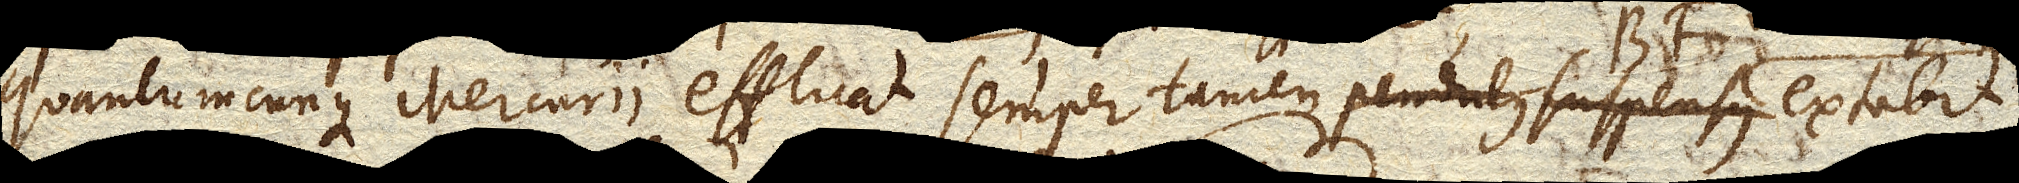
quantumcunque Mercurii effluat semper tamen extabit.